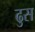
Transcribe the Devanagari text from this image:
ढुस